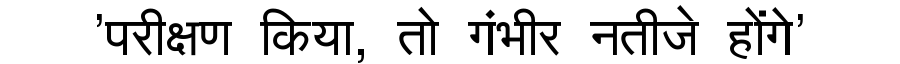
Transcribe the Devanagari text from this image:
'परीक्षण किया, तो गंभीर नतीजे होंगे'